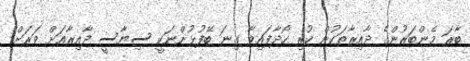
ބާރަ މެންބަރުންގެ ދާއިރާތަކުން ކުރި ހޯދާފައިވާ ގިނަ ބޭފުޅުންނަކީ ސިޔާސީ ދާއިރާއަށް ވަރަށް